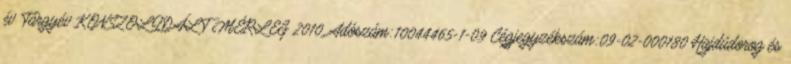
év Tárgyév KONSZOLIDÁLT MÉRLEG 2010. Adószám:10044465-1-09 Cégjegyzékszám:09-02-000180 Hajdúdorog és